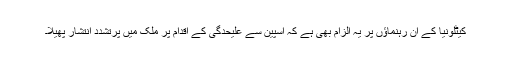
کیٹلونیا کے ان رہنماؤں پر یہ الزام بھی ہے کہ اسپین سے علیحدگی کے اقدام پر ملک میں پرتشدد انتشار پھیلا۔